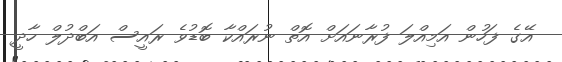
އޭގެ ފަހުން އަމިއްލަ ފުރާނައަށް އޮތް ނުރައްކާ ބޮޑުވެ ރައީސް އަބްދުލް ހާދީ